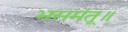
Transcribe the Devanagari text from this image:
भसमंतू॥